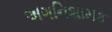
અગનિશામક